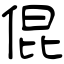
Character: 倱